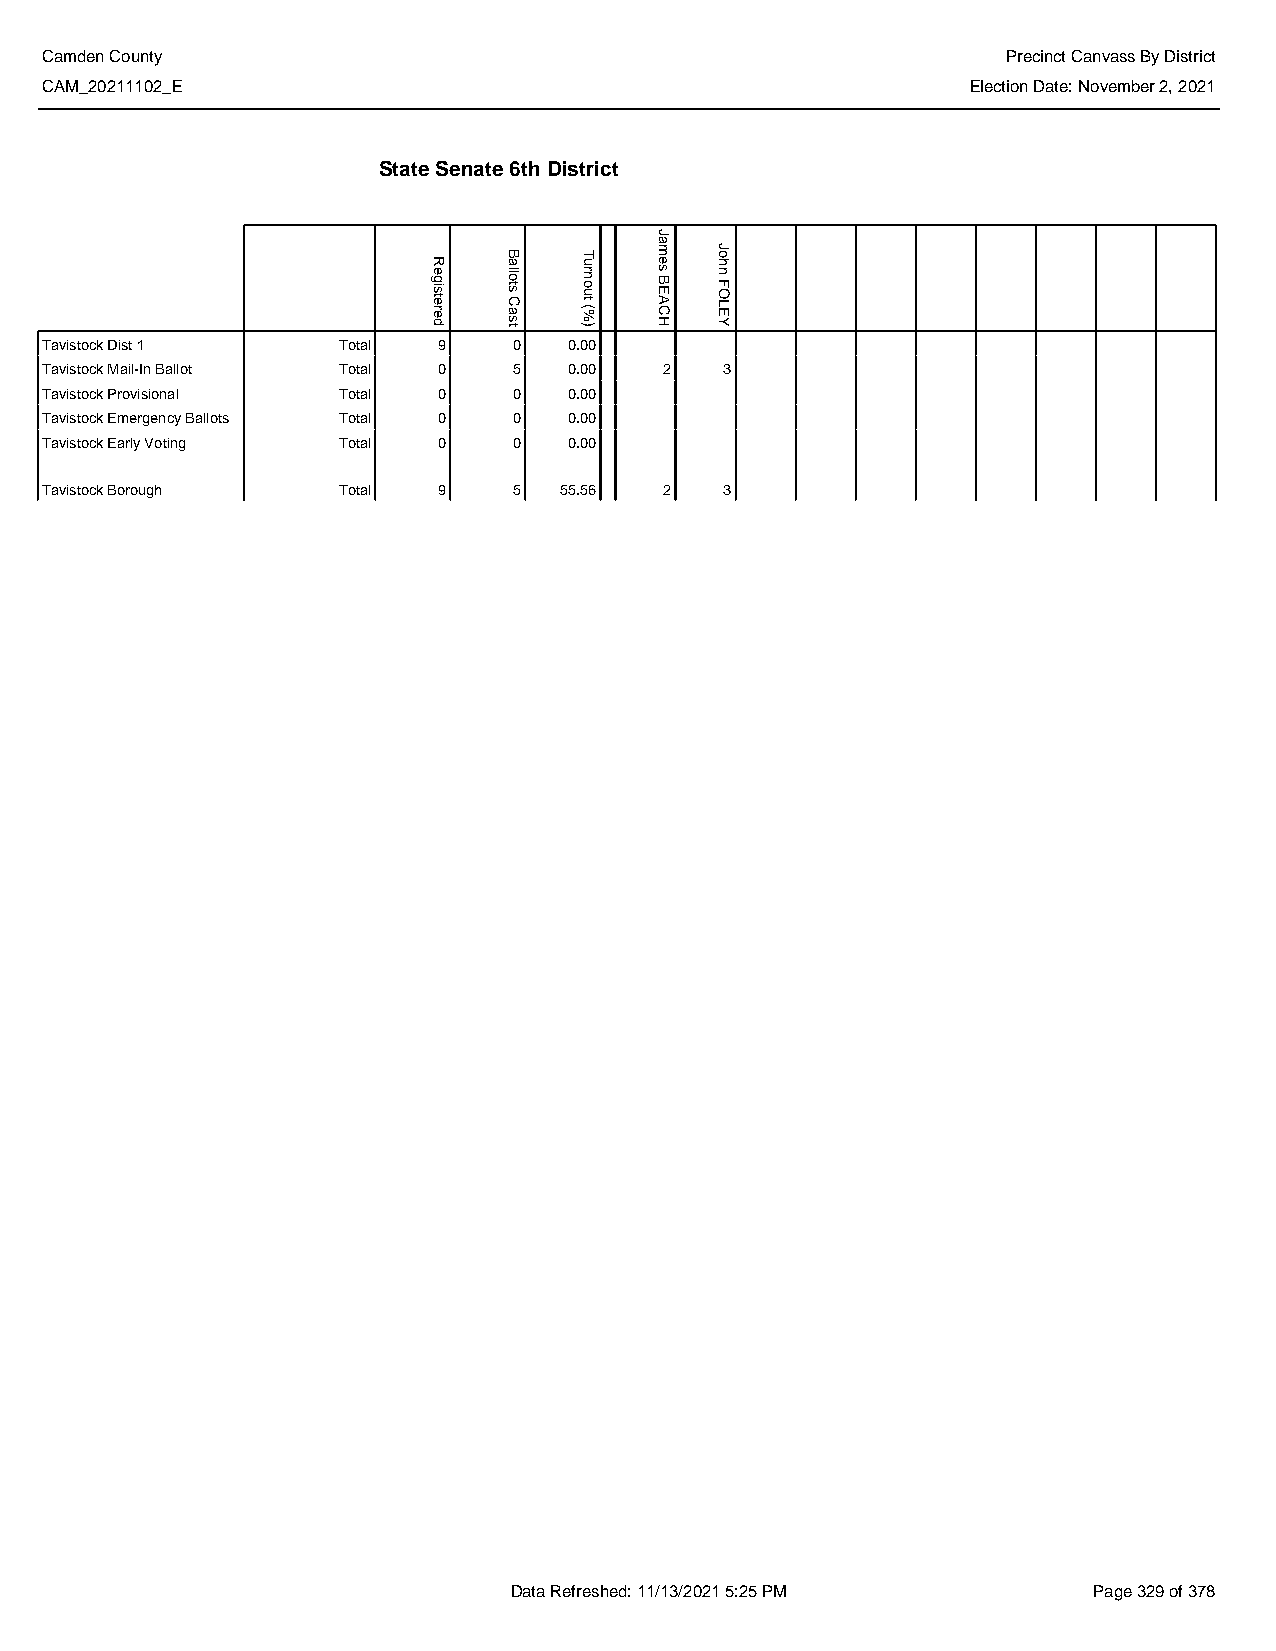
Camden County                                                   Precinct Canvass By District
 CAM_20211102_E                                               Election Date: November 2, 2021
 State Senate 6th District
 Tavistock Dist 1   Total  9    0   0.00
 Tavistock Mail-In Ballot Total 0 5 0.00  2   3
 Tavistock Provisional Total 0  0   0.00
 Tavistock Emergency Ballots Total 0 0 0.00
 Tavistock Early Voting Total 0 0   0.00
 Tavistock Borough  Total  9    5  55.56  2   3
 Data Refreshed: 11/13/2021 5:25 PM    Page 329 of 378
 Registered
 Ballots
 Cast
 Turnout
 (%)
 James
 BEACH
 John
 FOLEY